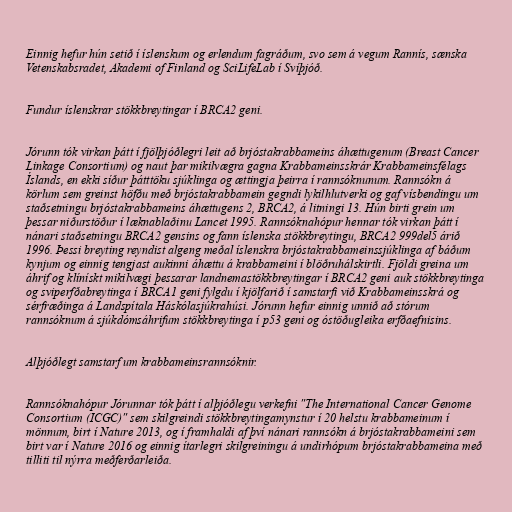
Einnig hefur hún setið í íslenskum og erlendum fagráðum, svo sem á vegum Rannís, sænska
Vetenskabsradet, Akademi of Finland og SciLifeLab í Svíþjóð.

Fundur íslenskrar stökkbreytingar í BRCA2 geni.

Jórunn tók virkan þátt í fjölþjóðlegri leit að brjóstakrabbameins áhættugenum (Breast Cancer
Linkage Consortium) og naut þar mikilvægra gagna Krabbameinsskrár Krabbameinsfélags
Íslands, en ekki síður þátttöku sjúklinga og ættingja þeirra í rannsóknunum. Rannsókn á
körlum sem greinst höfðu með brjóstakrabbamein gegndi lykilhlutverki og gaf vísbendingu um
staðsetningu brjóstakrabbameins áhættugens 2, BRCA2, á litningi 13. Hún birti grein um
þessar niðurstöður í læknablaðinu Lancet 1995. Rannsóknahópur hennar tók virkan þátt í
nánari staðsetningu BRCA2 gensins og fann íslenska stökkbreytingu, BRCA2 999del5 árið
1996. Þessi breyting reyndist algeng meðal íslenskra brjóstakrabbameinssjúklinga af báðum
kynjum og einnig tengjast aukinni áhættu á krabbameini í blöðruhálskirtli. Fjöldi greina um
áhrif og klínískt mikilvægi þessarar landnemastökkbreytingar í BRCA2 geni auk stökkbreytinga
og sviperfðabreytinga í BRCA1 geni fylgdu í kjölfarið í samstarfi við Krabbameinsskrá og
sérfræðinga á Landspítala Háskólasjúkrahúsi. Jórunn hefur einnig unnið að stórum
rannsóknum á sjúkdómsáhrifum stökkbreytinga í p53 geni og óstöðugleika erfðaefnisins.

Alþjóðlegt samstarf um krabbameinsrannsóknir.

Rannsóknahópur Jórunnar tók þátt í alþjóðlegu verkefni "The International Cancer Genome
Consortium (ICGC)" sem skilgreindi stökkbreytingamynstur í 20 helstu krabbameinum í
mönnum, birt í Nature 2013, og í framhaldi af því nánari rannsókn á brjóstakrabbameini sem
birt var í Nature 2016 og einnig ítarlegri skilgreiningu á undirhópum brjóstakrabbameina með
tilliti til nýrra meðferðarleiða.